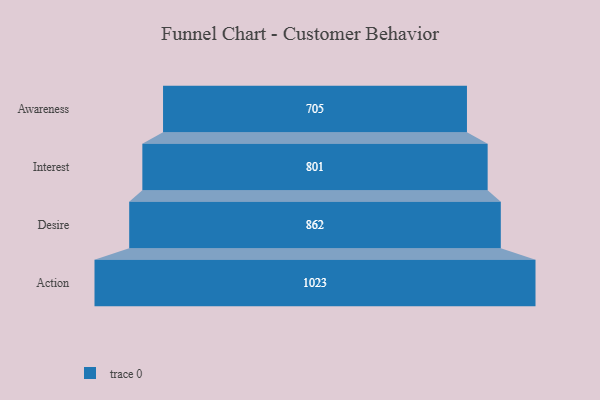
{"axis": {"x": "Stage", "y": "Value"}, "legend": [""], "data": [{"x": "Awareness", "y": 705.0, "type": ""}, {"x": "Interest", "y": 801.0, "type": ""}, {"x": "Desire", "y": 862.0, "type": ""}, {"x": "Action", "y": 1023.0, "type": ""}]}